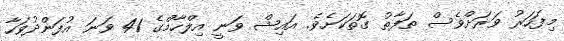
މިފަހަރު ވަރަށްވެސް ތަފާތު ގޮތަކަށެވެ. އައިޝް ވަނީ އިލްހާމްގެ 41 ވަނަ އުފަންދުވަހާ